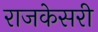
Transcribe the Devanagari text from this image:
राजकेसरी